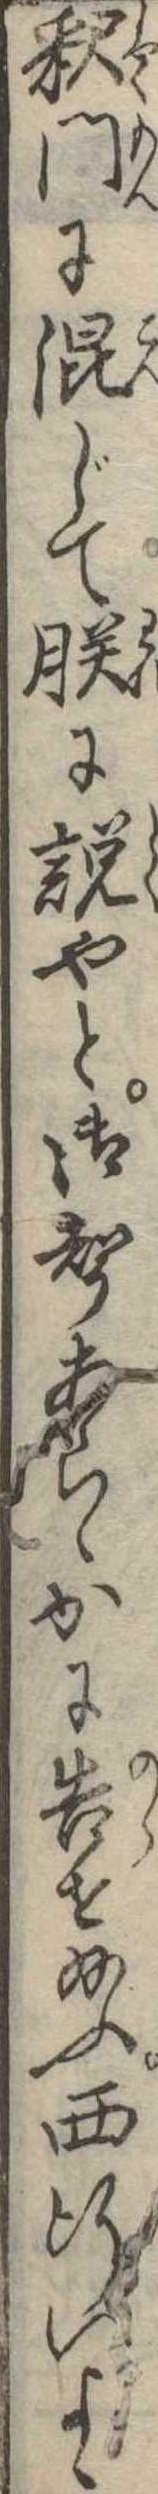
釈門に混じて朕に説やと御声あらゝかに告せ給ふ西行いよゝ